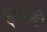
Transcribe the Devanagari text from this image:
इफेन्डी